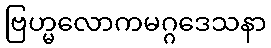
ဗြဟ္မလောကမဂ္ဂဒေသနာ